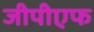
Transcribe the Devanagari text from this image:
जीपीएफ